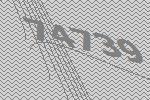
74739